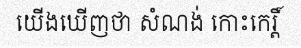
យើងឃើញថា សំណង់ កោះកេរ្តិ៍